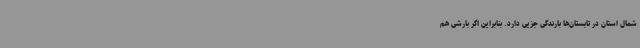
شمال استان در تابستان‌ها بارندگی جزیی دارد. بنابراین اگر بارشی هم